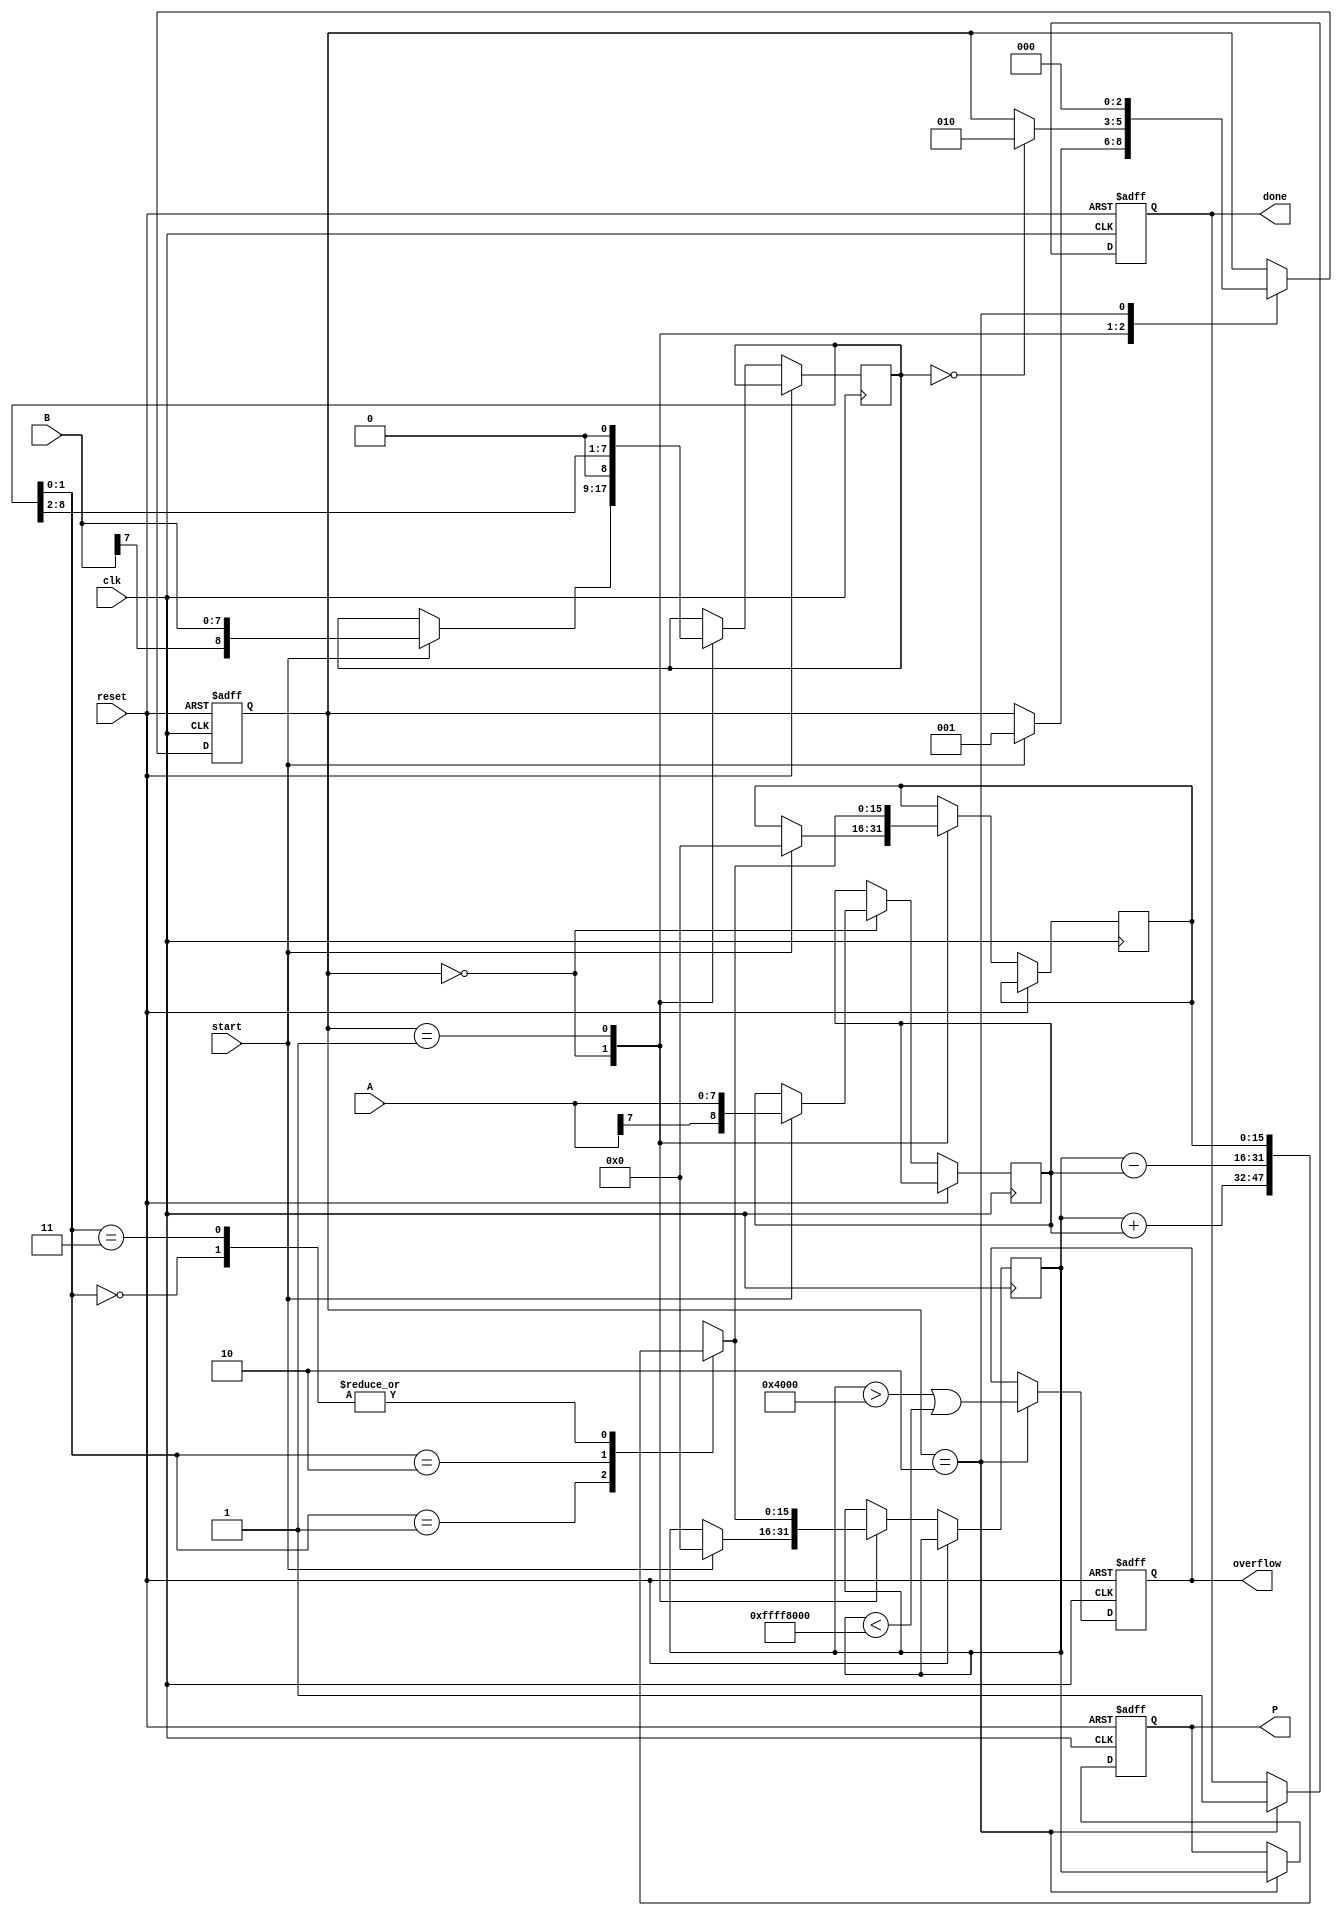
module modified_booth_multiplier #(parameter WIDTH = 8) (
    input wire clk,
    input wire reset,
    input wire start,
    input wire signed [WIDTH-1:0] A, // Multiplicand
    input wire signed [WIDTH-1:0] B, // Multiplier
    output reg signed [2*WIDTH-1:0] P, // Product
    output reg done,
    output reg overflow
);

    reg [WIDTH:0] multiplier; // B extended with one extra bit for booth's algorithm
    reg [WIDTH:0] multiplicand; // A extended with one extra bit for signed operations
    reg [2*WIDTH-1:0] partial_product;
    reg [2*WIDTH-1:0] product_reg;
    
    reg [2:0] state; // State machine (IDLE, PROCESSING, DONE)
    
    parameter IDLE = 3'b000, PROCESSING = 3'b001, DONE = 3'b010;
    
    initial begin
        state = IDLE;
        done = 0;
        overflow = 0;
    end

    always @(posedge clk or posedge reset) begin
        if (reset) begin
            state <= IDLE;
            done <= 0;
            overflow <= 0;
            P <= 0;
        end else begin
            case (state)
                IDLE: begin
                    if (start) begin
                        // Initialize registers
                        multiplier <= {B[WIDTH-1], B}; // Sign-extend multiplier
                        multiplicand <= {A[WIDTH-1], A}; // Sign-extend multiplicand
                        product_reg <= 0; // Clear product register
                        partial_product <= 0; // Clear partial product register
                        state <= PROCESSING;
                    end
                end

                PROCESSING: begin
                    // Booth's algorithm based on multiplier bits
                    case ({multiplier[1:0]})
                        2'b00: begin
                            // Do nothing
                        end
                        2'b01: begin
                            // Add multiplicand to the result
                            partial_product = product_reg + multiplicand;
                        end
                        2'b10: begin
                            // Subtract multiplicand from the result
                            partial_product = product_reg - multiplicand;
                        end
                        2'b11: begin
                            // Do nothing
                        end
                    endcase
                    
                    // Shift the product and multiplier
                    product_reg <= partial_product; // Update the product
                    multiplier <= {multiplier[WIDTH:2], 1'b0}; // Shift right
                    if (multiplier == 0) begin
                        state <= DONE; // Move to DONE when the multiplier is zero
                    end
                end

                DONE: begin
                    done <= 1;
                    overflow <= (product_reg > (1 << (2*WIDTH-1) - 1)) || (product_reg < -(1 << (2*WIDTH-1))); // Overflow detection
                    P <= product_reg; // Store the final product
                    state <= IDLE; // Go back to IDLE state
                end
            endcase
        end
    end
endmodule